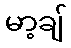
မာ့ချ်